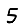
Digit: 5